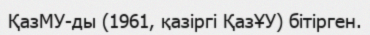
ҚазМУ-ды (1961, қазіргі ҚазҰУ) бітірген.